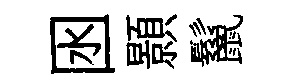
囦顥鬣